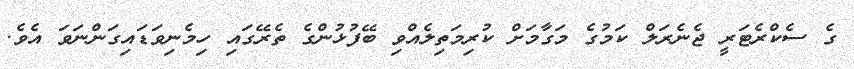
ގެ ސެކްރެޓަރީ ޖެނެރަލް ކަމުގެ މަގާމަށް ކުރިމަތިލެއްވި ބޭފުޅުންގެ ތެރޭގައި ހިމެނިވަޑައިގަންނަވަ އެވެ.